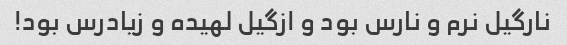
نارگیل نرم و نارس بود و ازگیل لهیده و زیادرس بود!